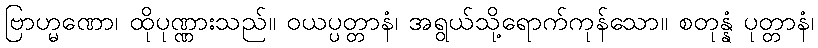
ဗြာဟ္မဏော၊ ထိုပုဏ္ဏားသည်။ ဝယပ္ပတ္တာနံ၊ အရွယ်သို့ရောက်ကုန်သော။ စတုန္နံ ပုတ္တာနံ၊